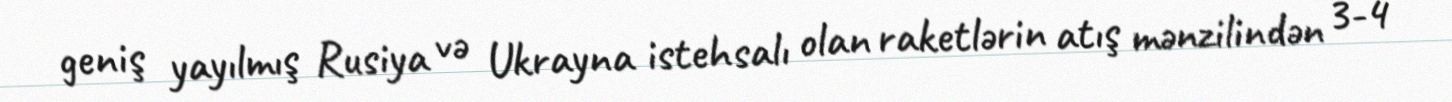
geniş yayılmış Rusiya və Ukrayna istehsalı olan raketlərin atış mənzilindən 3-4